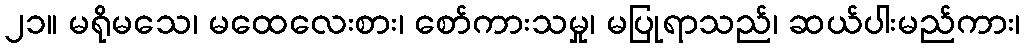
၂၁။ မရိုမသေ၊ မထေလေးစား၊ စော်ကားသမှု၊ မပြုရာသည်၊ ဆယ်ပါးမည်ကား၊